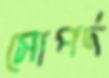
সোপর্দ